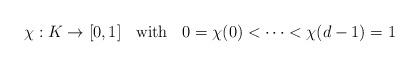
LaTeX: \begin{align*}\chi: K \to [0,1] \;\;\mbox{ with }\;\; 0 = \chi(0) < \dots <\chi(d-1) = 1\end{align*}